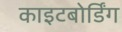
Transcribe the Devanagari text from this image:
काइटबोर्डिंग